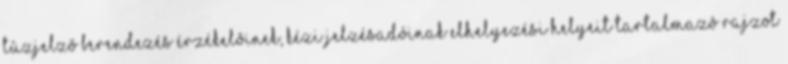
tûzjelzõ berendezés érzékelõinek, kézi jelzésadóinak elhelyezési helyeit tartalmazó rajzot